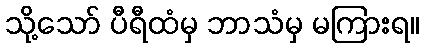
သို့သော် ပီရီထံမှ ဘာသံမှ မကြားရ။